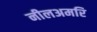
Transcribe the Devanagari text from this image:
नीलअमरि